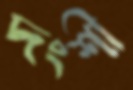
দংশী